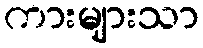
ကားများသာ